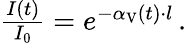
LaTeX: \begin{array}{r}{\frac{I(t)}{I_{0}}=e^{-\alpha_{\mathrm{V}}(t)\cdot l}\, .}\end{array}